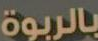
بالربوة